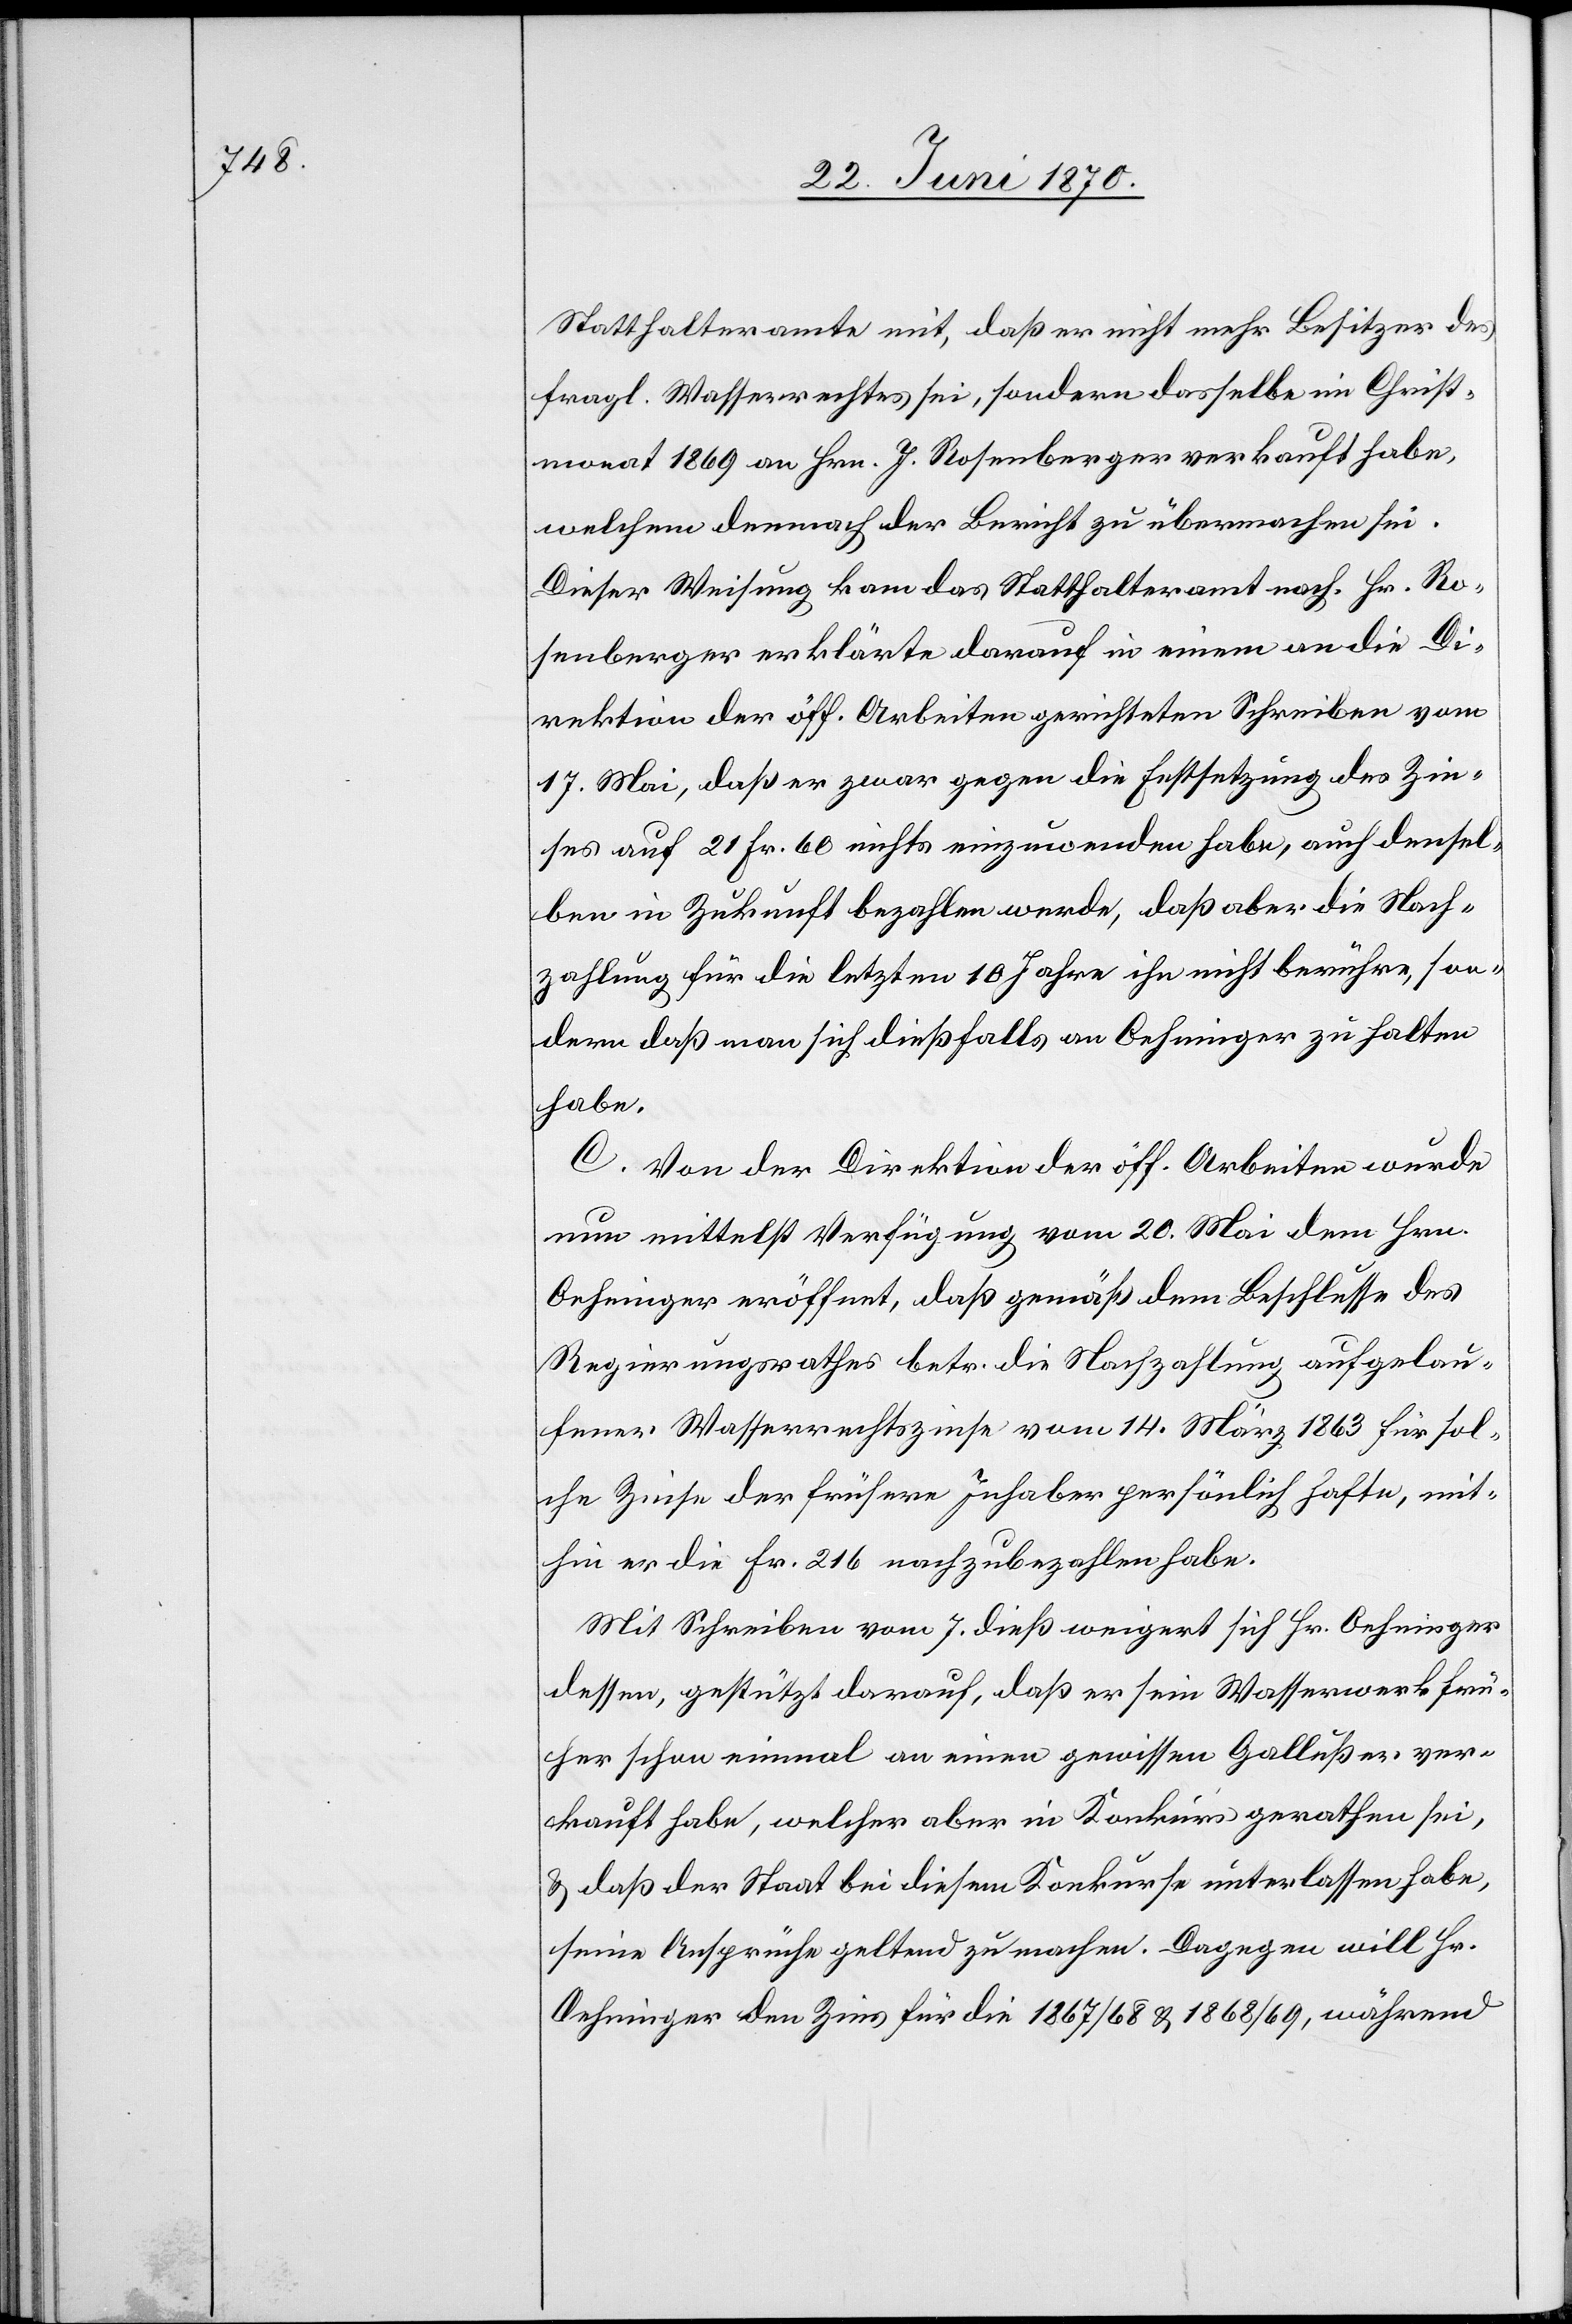
Statthalteramte mit, daß er nicht mehr Besitzer des
fragl. Wasserrechtes sei, sondern dasselbe im Christ¬
monat 1869 an Hrn. J. Rosenberger verkauft habe,
welchem demnach der Bericht zu übermachen sei.
Dieser Weisung kam das Statthalteramt nach. Hr. Ro¬
senberger erklärte darauf in einem an die Di¬
rektion der öff. Arbeiten gerichteten Schreiben vom
17. Mai, daß er zwar gegen die Festsetzung des Zin¬
ses auf 21. Fr. 60 nichts einzuwenden habe, auch densel¬
ben in Zukunft bezahlen werde, daß aber die Nach¬
zahlung für die letzten 10 Jahre ihn nicht berühre, son¬
dern daß man sich dießfalls an Oehninger zu halten
habe.
Mit Schreiben vom 7. dieß weigert sich Hr. Oehninger
dessen, gestützt darauf, daß er sein Wasserwerk frü¬
her schon einmal an einen gewissen Gallußer ver¬
kauft habe, welcher aber in Konkurs gerathen sei,
& daß der Staat bei diesem Konkurse unterlassen habe,
seine Ansprüche geltend zu machen. Dagegen will Hr.
Oehninger den Zins für die 1867/68 & 1868/69 [sic!], während